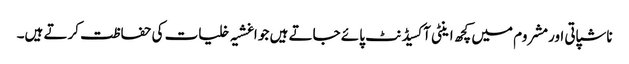
ناشپاتی اورمشروم میں کچھ اینٹی آکسیڈنٹ پائے جاتے ہیں جو اغشیہ خلیات کی حفاظت کرتے ہیں۔